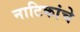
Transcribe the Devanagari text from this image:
नाटिकांचे